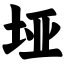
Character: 垭